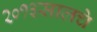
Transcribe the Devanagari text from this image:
२०१३सालचेे